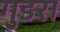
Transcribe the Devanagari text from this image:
गुडरा